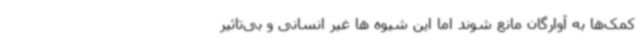
کمک‌ها به آوارگان مانع شوند اما این شیوه ها غیر انسانی و بی‌تاثیر